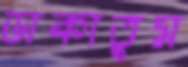
ডাকাতুম